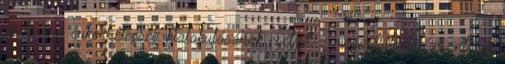
es típusú cukorbetegség kialakulásának esélyét - megerősiteni a csontokat